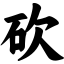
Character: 砍